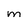
Character: m